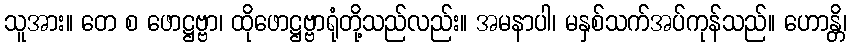
သူအား။ တေ စ ဖောဋ္ဌဗ္ဗာ၊ ထိုဖောဋ္ဌဗ္ဗာရုံတို့သည်လည်း။ အမနာပါ၊ မနှစ်သက်အပ်ကုန်သည်။ ဟောန္တိ၊